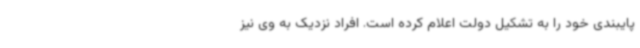
پایبندی خود را به تشکیل دولت اعلام کرده است. افراد نزدیک به وی نیز